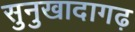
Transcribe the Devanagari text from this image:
सुनुखादागढ़